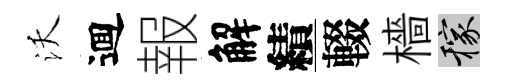
沃逥報解績輟檣稼